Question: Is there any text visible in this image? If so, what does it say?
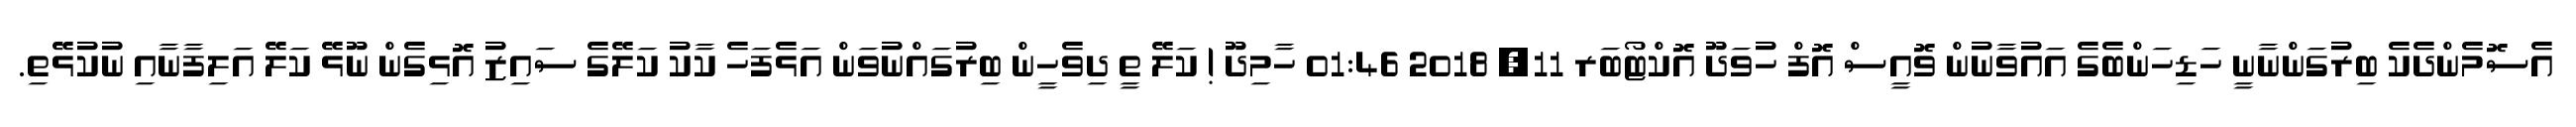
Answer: އެސޮމެންދެކެ ބިރުގަންނާނީ ހަޑިހަންބެގެ އައުވާނުން ވޮއީސް އޮފް ހުވަދޫ އޮކްޓޯބަރ 11, 2018 01:46 ހާމިދޫ ! ކަލޭ ތީ ދިވެހީން ބިރުގައްނުވަން އަޅެފަހެ ކާކު ކަލޭގެ ސައިޒު އޮޅިގެން ނޫޅޭ ކަލޭ އަލިފާނާއި ނުކުޅޭތި.